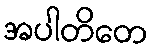
အပါတိတေ